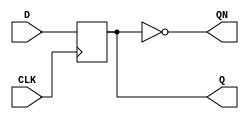
module dffn(input CLK, D, output reg Q, output QN);

always @(negedge CLK)
	Q <= D;

assign QN = ~Q;

endmodule

module dffsr(input CLK, D, CLEAR, PRESET, output reg Q, output QN);

always @(posedge CLK, posedge CLEAR, posedge PRESET)
	if (CLEAR)
		Q <= 0;
	else if (PRESET)
		Q <= 1;
	else
		Q <= D;

assign QN = ~Q;

endmodule